Indian journal of veterinary science and animal husbandry - Volumes 15-17, 1948-1951
Year: 1948
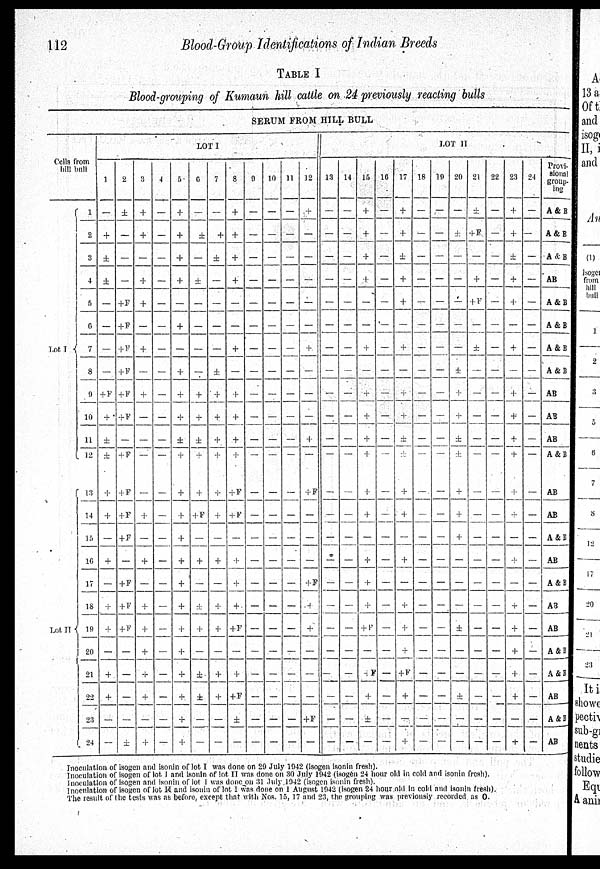
112
Blood-Group Identifications of Indian Breeds
TABLE I
Blood-grouping of Kumaun hill cattle on 24 previously reacting bulls
SERUM FROM HILL BULL
Cells from
hill bull
Lot
I
Lot II
1
2
3
4
5
6
7
8
9
10
11
12
13
14
15
16
17
18
19
20
21
22
23
24
LOT I
1
—
+
±
±
—
—
—
—
+F
+
±
±
+
+
—
+
—
+
+
—
+
—
—
—
2
±
—
—
—
+F
+F
+ F
+ F
+F
+F
—
+ F
+ F
+ F
+ F
—
+F
+F
+F
—
—
—
—
±
3
+
+
—
+
+
—
—
+
—
+
—
—
—
—
+
—
+
—
+
+
+
+
+
—
+
4
—
—
—
—
—
—
—
—
—
—
—
—
—
—
—
—
—
—
—
—
—
—
—
—
—
5
+
—
+
+
—
—
—
+
+
±
+
+
+
+
+
—
+
+
+
+
—
+
+
6
—
—
—
±
—
—
—
+
+
±
+
+
+ F
—
+
±
+
—
±
—
—
—
7
—
+
±
—
—
—
—
±
+
+
+
+
—
+
—
+
—
+
+
—
+
+
—
—
8
+
—
+
+
—
—
+
—
+
—
+
+
+F
+ F
—
+
+
+
+ F
—
+
—
—
—
9
—
—
—
—
—
—
—
—
—
—
—
—
—
—
—
—
—
—
—
—
—
—
—
—
10
—
—
—
—
—
—
—
—
—
—
—
—
—
—
—
—
—
—
—
—
—
—
—
—
—
11
—
—
—
—
—
—
—
—
—
—
—
—
—
—
—
—
—
—
—
—
—
—
—
12
—
—
—
—
—
—
+
—
—
+
—
+ F
—
—
—
—
+
—
—
—
—
+F
—
LOT II
13
—
—
—
—
—
—
—
—
—
—
—
—
—
—
—
—
—
—
—
—
—
—
—
—
14
—
—
—
—
—
—
—
—
—
—
—
—
—
—
—
—
—
—
—
—
—
—
—
15
+
+
+
+
—
—
+
—
+
+
+
+
+
+
—
+
+
+
+
—
+ F
+
±
—
16
—
—
—
—
—
—
—
—
—
—
—
—
—
—
—
—
—
—
—
—
—
—
—
17
+
+
±
+
+
—
+
—
+
+
±
±
+
+
—
+
—
+
+
+
+ F
+
—
+
18
—
—
—
—
—
—
—
—
—
—
—
—
—
—
—
—
—
—
—
—
—
—
—
—
19
—
—
—
—
—
—
—
—
—
—
—
—
—
—
—
—
—
—
—
—
—
—
—
—
20
—
±
—
—
—
—
—
±
+
+
±
±
+
+
+
—
—
—
±
—
—
±
—
—
21
±
+F
—
+
+ F
—
—
±
—
—
—
—
—
—
—
—
—
—
—
—
—
—
—
—
—
22
—
—
—
—
—
—
—
—
—
—
—
—
-
-
—
—
-
—
—
—
—
-
23
+
+
±
+
+
—
—
+
—
+
+
+
+
+
+
-
+
—
+
+
+
+
+
-
+
24
—
—
—
—
—
—
—
—
—
—
—
—
—
—
—
—
—
—
—
—
—
—
—
—
Provi-
sional
group-
ing
A & B
A&B
A & B
AB
A&B
A & B
—
A&B
A&B
—
AB
AB
—
AB
A&B
AB
AB
A&B
AB
A&B
A3
AB
A&B
A & B
AB
A&B
AB
Inoculation of isogen and isonin of lot I was done on 29 July 1942 (isogen isonin fresh).
Inoculation of isogen of lot I and isonin of lot II was done on 30 July 1942 (isogen 24 hour old in cold and isonin fresh).
Inoculation of isogen and isonin of lot I was done on 31 July 1942 (isogen isonin fresh).
Inoculation of isogen of lot II and isonin of lot I was done on 1 August 1942 (isogen 24 hour old in cold and isonin fresh),
The result of the tests was as before, except that with Nos. 15, 17 and 23, the grouping was previously recorded as O.